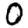
Digit: 0